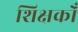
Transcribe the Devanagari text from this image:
शिक्षकोँ